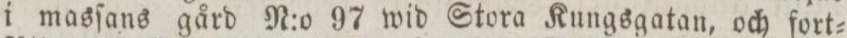
i masſans gård N:o 97 wid Stora Kungsgatan, och fort=